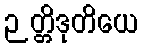
ဉတ္တိဒုတိယေ